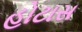
હોટાસ